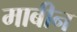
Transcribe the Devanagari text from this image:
माबीन